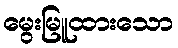
မွေးမြူထားသော